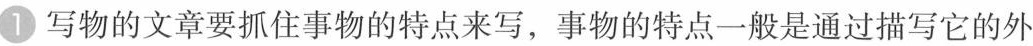
1写物的文章要抓住事物的特点来写，事物的特点一般是通过描写它的外